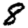
Digit: 8